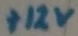
Text: +12V